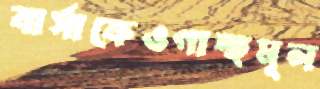
বার্সাকেওগাচ্ছমূল